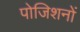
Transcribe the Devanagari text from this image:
पोजिशनों